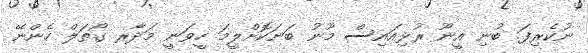
ނުކެރިފަ. ބުނި އީނޫ ރުޅިއައިސް މޫނު ބަނަކޮށްލީމަ ހީވަނީ މަދާރ ގޯތަލް ހެންނޭ